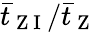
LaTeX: \bar{t}_{\mathrm{~Z~I~}}/\bar{t}_{\mathrm{~Z~}}